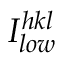
I _ { l o w } ^ { h k l }